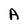
Character: A